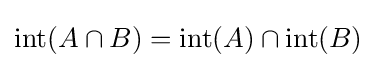
\operatorname {int} (A\cap B)=\operatorname {int} (A)\cap \operatorname {int} (B)